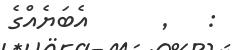
: